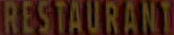
RESTAURANT